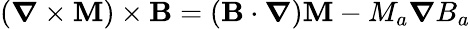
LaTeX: (\boldsymbol{\nabla}\times\mathbf{M})\times\mathbf{B}=(\mathbf{B}\cdot\boldsymbol{\nabla})\mathbf{M}-M_{a}\boldsymbol{\nabla}B_{a}